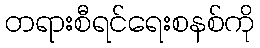
တရားစီရင်ရေးစနစ်ကို